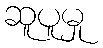
ဆူပူမှု